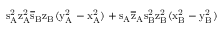
\mathrm { s _ { A } ^ { 2 } \mathrm { z _ { A } ^ { 2 } \mathrm { \overline { { s } } _ { B } \mathrm { z _ { B } ( \mathrm { y _ { A } ^ { 2 } - \mathrm { x _ { A } ^ { 2 } ) + \mathrm { s _ { A } \mathrm { \overline { { z } } _ { A } \mathrm { s _ { B } ^ { 2 } \mathrm { z _ { B } ^ { 2 } ( \mathrm { x _ { B } ^ { 2 } - \mathrm { y _ { B } ^ { 2 } ) } } } } } } } } } } } }